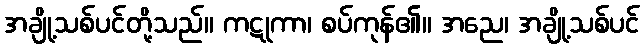
အချို့သစ်ပင်တို့သည်။ ကဋုကာ၊ စပ်ကုန်၏။ အညေ၊ အချို့သစ်ပင်